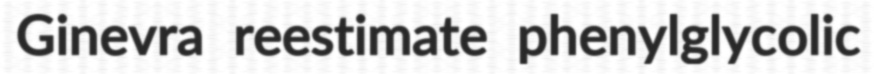
Ginevra reestimate phenylglycolic